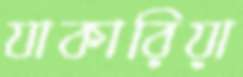
যাকারিয়া